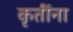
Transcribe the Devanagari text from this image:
कृतींना